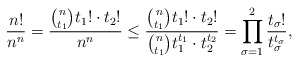
\begin{align*}\frac{n!}{n^n} = \frac{\binom{n}{t_1} t_1! \cdot t_2!}{n^n } \leq \frac{\binom{n}{t_1} t_1! \cdot t_2!}{\binom{n}{t_1} t_1^{t_1} \cdot t_2 ^{t_2} } = \prod_{\sigma = 1}^2 \frac{t_\sigma!}{t_\sigma^{t_\sigma}},\end{align*}